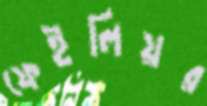
ফেইলিয়র